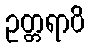
ဥတ္တရာပိ